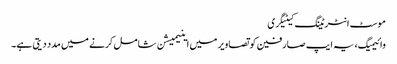
موسٹ انٹرٹینگ کیٹیگری
وائیمیگ، یہ ایپ صارفین کو تصاویر میں اینیمیشن شامل کرنے میں مدد دیتی ہے۔